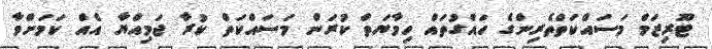
ޓޫރިޒަމް މަސައްކަތްތެރިންގެ ހައްގުތައް ހިމާޔަތް ކުރަން މަސައްކަތް ކުރާ ޖަމިއްޔާ އެއް ކަމަށްވާ